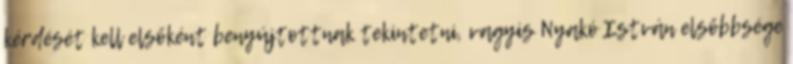
kérdését kell elsőként benyújtottnak tekintetni, vagyis Nyakó István elsőbbsége